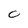
Character: C